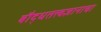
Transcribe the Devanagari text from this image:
बौद्धतत्त्वज्ञानाचा